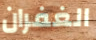
الغفران